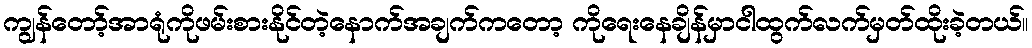
ကျွန်တော့်အာရုံကိုဖမ်းစားနိုင်တဲ့နောက်အချက်ကတော့ ကိုရေးနေချိန်မှာငါထွက်လက်မှတ်ထိုးခဲ့တယ်။